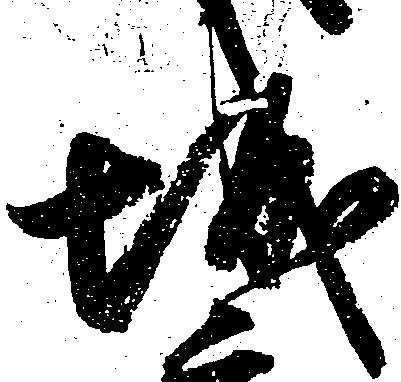
城